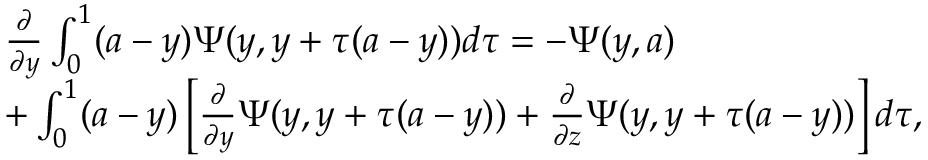
\begin{array} { r l } & { \frac { \partial } { \partial y } \int _ { 0 } ^ { 1 } ( a - y ) \Psi ( y , y + \tau ( a - y ) ) d \tau = - \Psi ( y , a ) } \\ & { + \int _ { 0 } ^ { 1 } ( a - y ) \left[ \frac { \partial } { \partial y } \Psi ( y , y + \tau ( a - y ) ) + \frac { \partial } { \partial z } \Psi ( y , y + \tau ( a - y ) ) \right] d \tau , } \end{array}